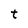
Character: t